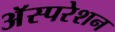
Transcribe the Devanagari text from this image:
अॅस्परेशन